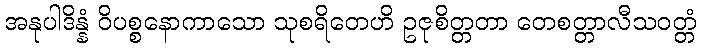
အနုပါဒိန္နံ ဝိပစ္စနောကာသော သုစရိတေဟိ ဥဇုစိတ္တတာ တေစတ္တာလီသဝတ္တံ